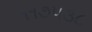
૧૧૭૫૩૮